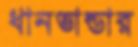
ধানভান্ডার